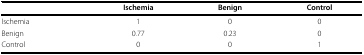
<table><thead><tr><td></td><td><b>Ischemia</b></td><td><b>Benign</b></td><td><b>Control</b></td></tr></thead><tbody><tr><td>Ischemia</td><td>1</td><td>0</td><td>0</td></tr><tr><td>Benign</td><td>0.77</td><td>0.23</td><td>0</td></tr><tr><td>Control</td><td>0</td><td>0</td><td>1</td></tr></tbody></table>